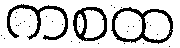
ကစထ